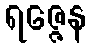
ရဇ္ဇေန